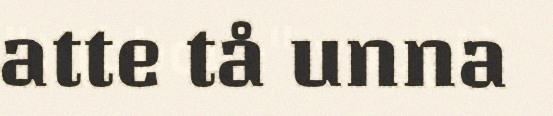
atte tå unna